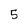
Character: 5